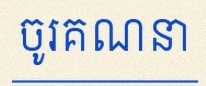
ចូរគណនា